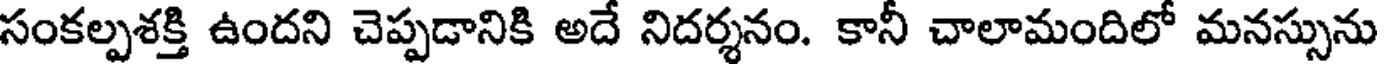
సంకల్పశక్తి ఉందని చెప్పడానికి అదే నిదర్శనం. కానీ చాలామందిలో మనస్సును